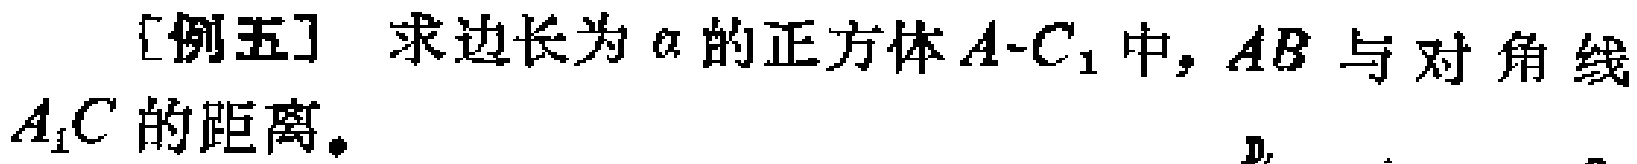
[例五] 求边长为\(a\)的正方体\(A - C_{1}\)中，\(AB\)与对角线\(A_{1}C\)的距离。